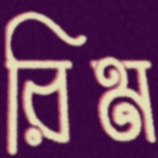
রিম